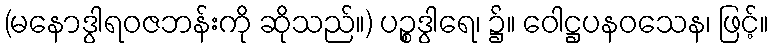
(မနောဒွါရဝဇဘန်းကို ဆိုသည်။) ပဉ္စဒွါရေ၊ ၌။ ဝေါဋ္ဌပနဝသေန၊ ဖြင့်။